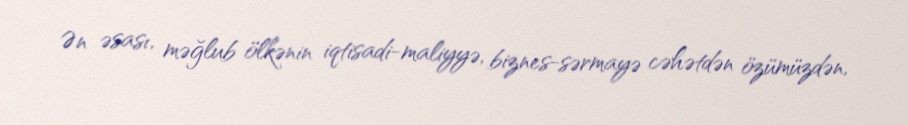
Ən əsası, məğlub ölkənin iqtisadi-maliyyə, biznes-sərmayə cəhətdən özümüzdən,